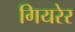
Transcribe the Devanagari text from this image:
गियरेर